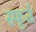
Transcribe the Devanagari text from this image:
स्फूर्ज